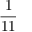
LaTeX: \frac { 1 } { 1 1 }